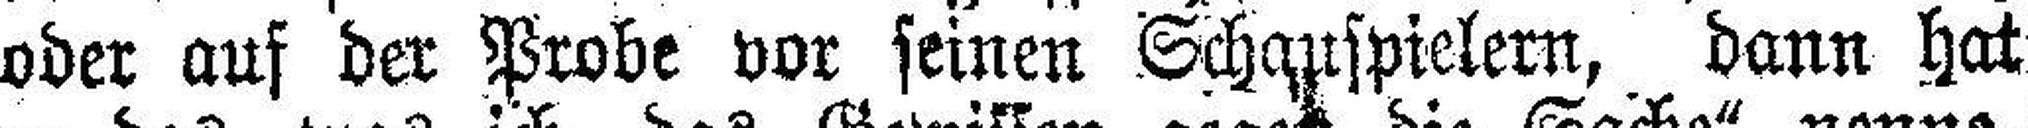
oder auf der Probe vor seinen Schauspielern, dann hat